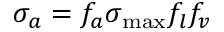
\sigma _ { a } = f _ { a } \sigma _ { \operatorname* { m a x } } f _ { l } f _ { v }